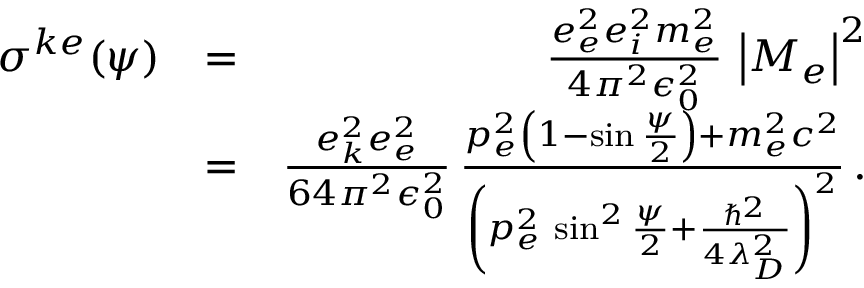
\begin{array} { r l r } { \sigma ^ { k e } ( \psi ) } & { = } & { \frac { e _ { e } ^ { 2 } e _ { i } ^ { 2 } m _ { e } ^ { 2 } } { 4 \pi ^ { 2 } \epsilon _ { 0 } ^ { 2 } } \, \left| M _ { e } \right| ^ { 2 } } \\ & { = } & { \frac { e _ { k } ^ { 2 } e _ { e } ^ { 2 } } { 6 4 \pi ^ { 2 } \epsilon _ { 0 } ^ { 2 } } \, \frac { p _ { e } ^ { 2 } \left( 1 - \sin \frac { \psi } { 2 } \right) + m _ { e } ^ { 2 } c ^ { 2 } } { \left( p _ { e } ^ { 2 } \, \sin ^ { 2 } \frac { \psi } { 2 } + \frac { \hbar ^ { 2 } } { 4 \lambda _ { D } ^ { 2 } } \right) ^ { 2 } } \, . } \end{array}